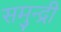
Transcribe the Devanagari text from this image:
समुन्द्री